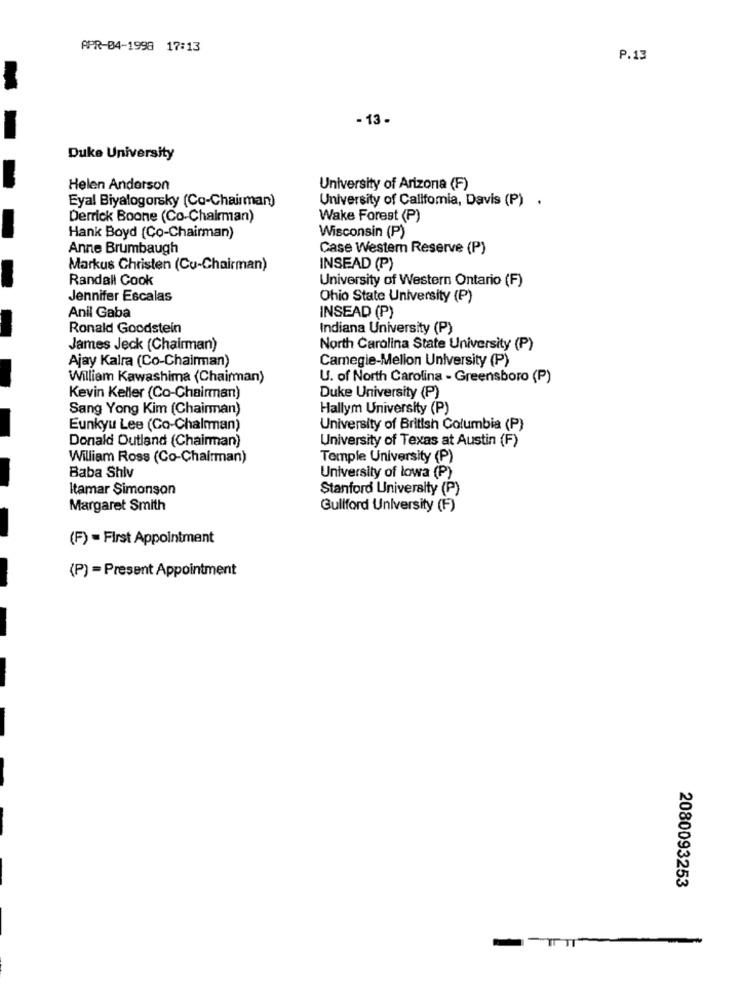
APR-04-1998 17:13
P.13
- 13 -
Duke University
Helen Anderson
University of Arizona (F)
Eyal Biyalogorsky (Co-Chairman)
University of California, Davis (P) .
Derrick Boone (Co-Chairman)
Wake Forest (P)
Hank Boyd (Co-Chairman)
Wisconsin (P)
Anne Brumbaugh
Case Western Reserve (P)
Markus Christen (Cu-Chairman)
INSEAD (P)
Randall Cook
University of Western Ontario (F)
Jennifer Escalas
Ohio State University (P)
Anil Gaba
INSEAD (P)
Ronald Goodstein
Indiana University (P)
James Jeck (Chairman)
North Carolina State University (P)
Ajay Kalra (Co-Chairman)
Camegie-Mellon University (P)
William Kawashima (Chairman)
U. of North Carolina - Greensboro (P)
Kevin Keller (Co-Chairman)
Duke University (P)
Sang Yong Kim (Chairman)
Hallym University (P)
Eunkyu Lee (Co-Chalman)
University of British Columbia (P)
Donald Outland (Chairman)
University of Texas at Austin (F)
William Ross (Co-Chairman)
Temple University (P)
Baba Shiv
University of lowa (P)
Itamar Simonson
Stanford University (P)
Margaret Smith
Gullford University (F)
COLE
(F) = First Appointment
(P) = Present Appointment
2080093253